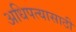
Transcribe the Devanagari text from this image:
अधिपत्यासाठी